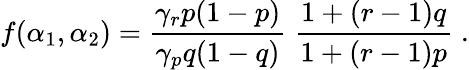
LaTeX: f(\alpha_{1},\alpha_{2})=\frac{\gamma_{r}p(1-p)}{\gamma_{p}q(1-q)}\; \frac{1+(r-1)q}{1+(r-1)p}\; .